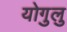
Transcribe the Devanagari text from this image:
योगुलु